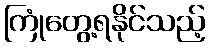
ကြုံတွေ့ရနိုင်သည့်